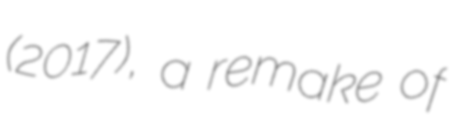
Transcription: (2017), a remake of